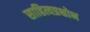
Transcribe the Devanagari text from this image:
साहित्यप्रक्षोभ